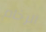
الرخام